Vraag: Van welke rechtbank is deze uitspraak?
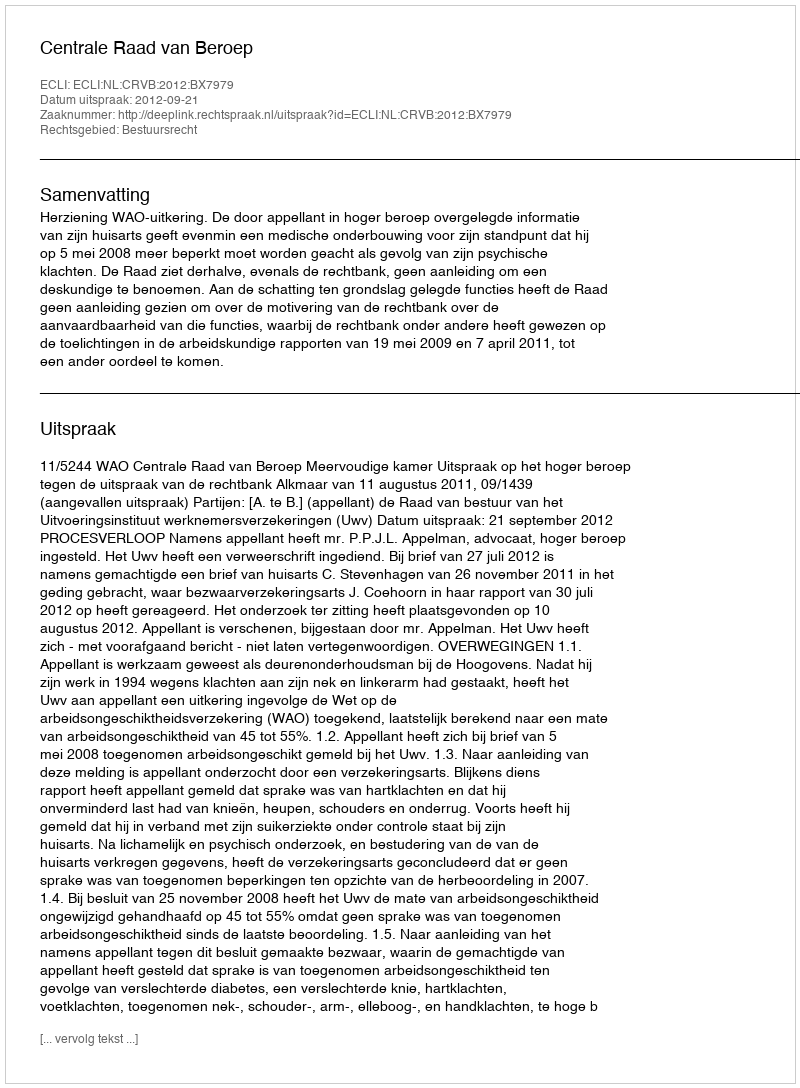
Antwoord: Centrale Raad van Beroep